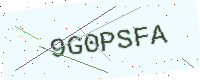
Text: 9G0PSFA